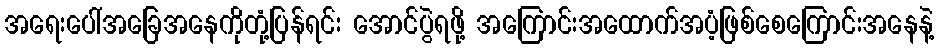
အရေးပေါ်အခြေအနေကိုတုံ့ပြန်ရင်း အောင်ပွဲရဖို့ အကြောင်းအထောက်အပံ့ဖြစ်စေကြောင်းအနေနဲ့